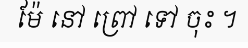
ម៉ែ នៅ ព្រៅ ទៅ ចុះ ។